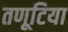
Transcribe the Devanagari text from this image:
तणूटिया